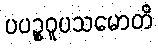
ပပဉ္စဝူပသမောတိ